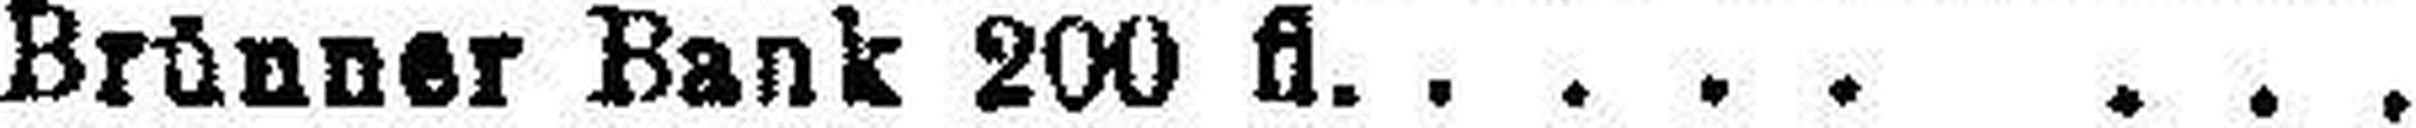
Brünner Bank 200 fl.